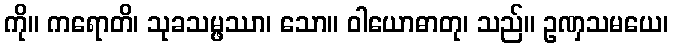
ကို။ ကရောတိ၊ သုခသမ္ဖဿာ၊ သော။ ဝါယောဓာတု၊ သည်။ ဥဏှသမယေ၊